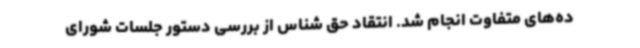
ده‌های متفاوت انجام شد. انتقاد حق شناس از بررسی دستور جلسات شورای